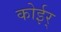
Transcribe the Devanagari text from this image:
कोईर्